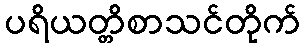
ပရိယတ္တိစာသင်တိုက်